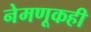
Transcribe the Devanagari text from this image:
नेमणूकही